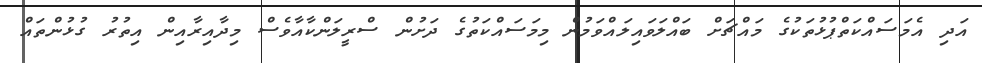
އަދި އެމަސައްކަތްޕުޅުތަކުގެ މައްޗަށް ބައްލަވައިލައްވަމުން މިމަސައްކަތުގެ ދަށުން ސްރީލަންކާއާވެސް މިދާއިރާއިން އިތުރު ގުޅުންތައް